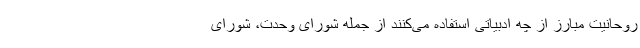
روحانیت مبارز از چه ادبیاتی استفاده می‌کنند از جمله شورای وحدت، شورای